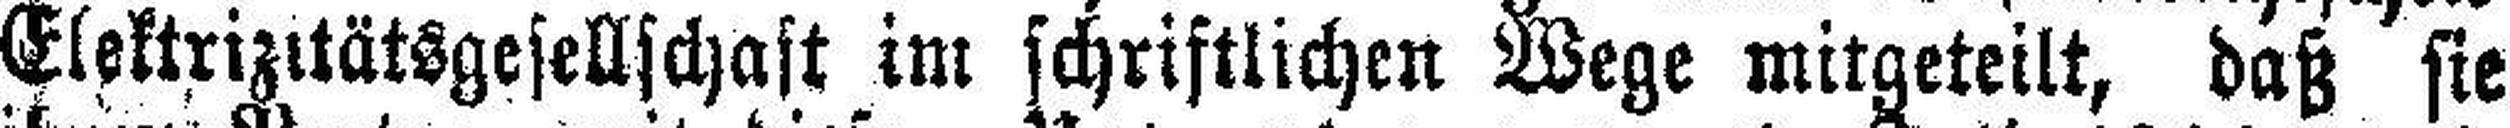
Elektrizitätsgesellschaft im schriftlichen Wege mitgeteilt, daß sie